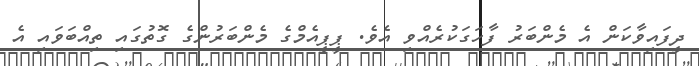
ދީފައިވާކަން އެ މެންބަރު ފާހަގަކުރެއްވި އެވެ. ޕީޕީއެމްގެ މެންބަރުންގެ ގޮތުގައި ތިއްބަވައި އެ